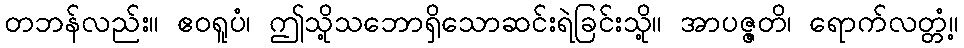
တဘန်လည်း။ ဧဝရူပံ၊ ဤသို့သဘောရှိသောဆင်းရဲခြင်းသို့။ အာပဇ္ဇတိ၊ ရောက်လတ္တံ့။